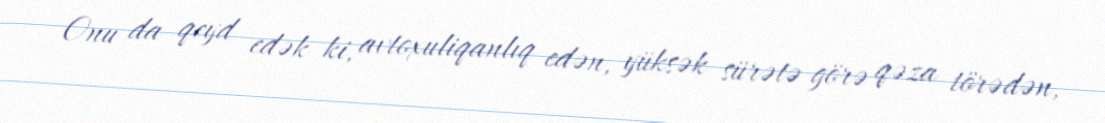
Onu da qeyd edək ki, avtoxuliqanlıq edən, yüksək sürətə görə qəza törədən,